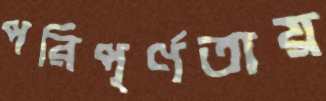
পরিপূর্ণতায়